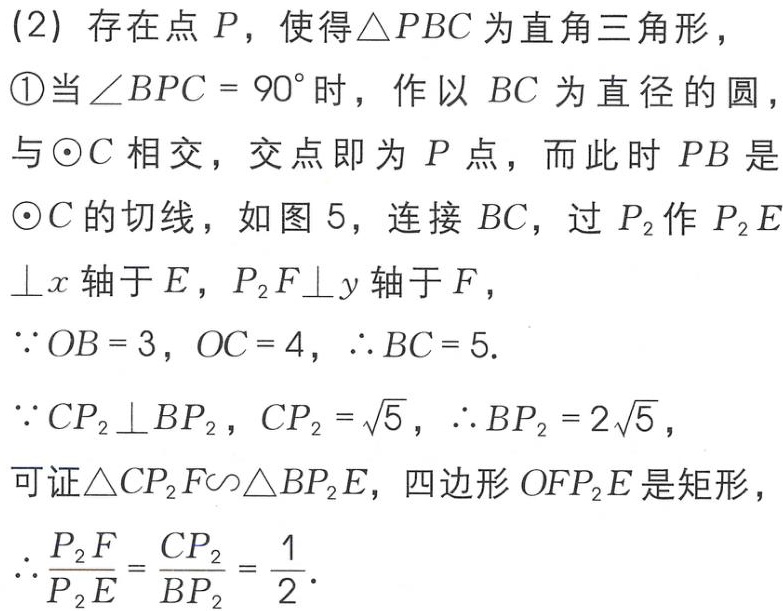
(2) 存在点 \(P\)，使得\(\triangle PBC\)为直角三角形，

\textcircled{1}当\(\angle BPC = 90^{\circ}\)时，作以 \(BC\) 为直径的圆，与\(\odot C\)相交，交点即为 \(P\) 点，而此时 \(PB\) 是\(\odot C\)的切线，如图 5，连接 \(BC\)，过 \(P_{2}\)作 \(P_{2}E\perp x\) 轴于 \(E\)，\(P_{2}F\perp y\) 轴于 \(F\)，

\(\because OB = 3\)，\(OC = 4\)，\(\therefore BC = 5\).

\(\because CP_{2}\perp BP_{2}\)，\(CP_{2}=\sqrt{5}\)，\(\therefore BP_{2}=2\sqrt{5}\)，

可证\(\triangle CP_{2}F\sim\triangle BP_{2}E\)，四边形 \(OFP_{2}E\) 是矩形，

\(\therefore\frac{P_{2}F}{P_{2}E}=\frac{CP_{2}}{BP_{2}}=\frac{1}{2}\).